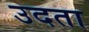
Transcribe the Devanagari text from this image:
उदता